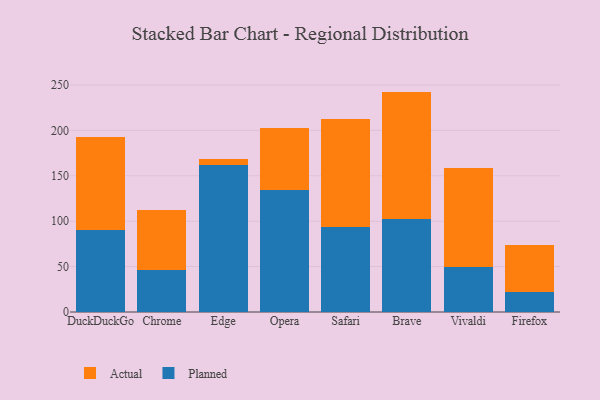
{"axis": {"x": "Browser", "y": "Inventory Turnover"}, "legend": ["Actual", "Planned"], "data": [{"x": "DuckDuckGo", "y": 90.8, "type": "Planned"}, {"x": "DuckDuckGo", "y": 101.4, "type": "Actual"}, {"x": "Chrome", "y": 45.8, "type": "Planned"}, {"x": "Chrome", "y": 66.5, "type": "Actual"}, {"x": "Edge", "y": 162.1, "type": "Planned"}, {"x": "Edge", "y": 6.8, "type": "Actual"}, {"x": "Opera", "y": 133.9, "type": "Planned"}, {"x": "Opera", "y": 68.6, "type": "Actual"}, {"x": "Safari", "y": 93.6, "type": "Planned"}, {"x": "Safari", "y": 118.5, "type": "Actual"}, {"x": "Brave", "y": 102.4, "type": "Planned"}, {"x": "Brave", "y": 140.3, "type": "Actual"}, {"x": "Vivaldi", "y": 49.3, "type": "Planned"}, {"x": "Vivaldi", "y": 109.4, "type": "Actual"}, {"x": "Firefox", "y": 22.4, "type": "Planned"}, {"x": "Firefox", "y": 51.5, "type": "Actual"}]}